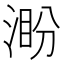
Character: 𣸜